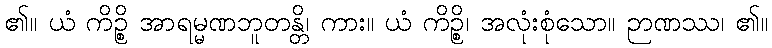
၏။ ယံ ကိဉ္စိ အာရမ္မဏဘူတန္တိ၊ ကား။ ယံ ကိဉ္စိ၊ အလုံးစုံသော။ ဉာဏဿ၊ ၏။